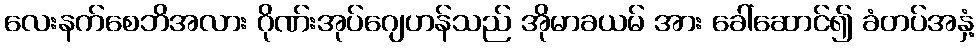
လေးနက်စေဘိအလား ဂိုဏ်းအုပ်ဂျေဟန်သည် အိုမာခယမ် အား ခေါ်ဆောင်၍ ခံတပ်အနှံ့